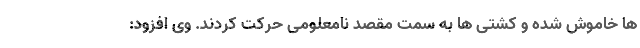
ها خاموش شده و کشتی ها به سمت مقصد نامعلومی حرکت کردند. وی افزود: